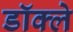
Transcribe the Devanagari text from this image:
डॉक्ले